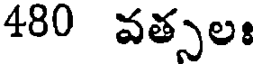
480 వత్సలః